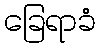
ခြေရာခံ